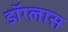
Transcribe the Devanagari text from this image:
डॉग्लास